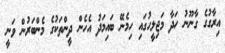
އިރާގުގެ ގާނޫނު ހަދާ މަޖިލީހުގައި ހިމެނޭ ބައިމަދު އެހެން ދީންތަކުގެ މެންބަރުން ވަނީ